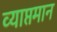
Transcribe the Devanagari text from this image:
व्याप्तमान